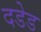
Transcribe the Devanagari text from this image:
दडेड